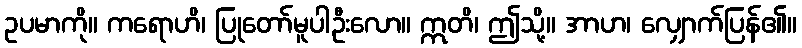
ဥပမာကို။ ကရောဟိ၊ ပြုတော်မူပါဦးလော။ ဣတိ၊ ဤသို့။ အာဟ၊ လျှောက်ပြန်၏။